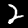
Label: 2